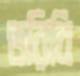
ভরিবি